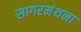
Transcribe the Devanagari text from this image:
सागरमंथना